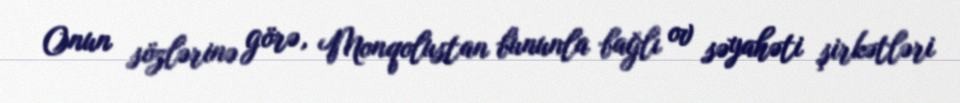
Onun sözlərinə görə, Monqolustan bununla bağlı ov səyahəti şirkətləri